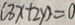
( 3 x + 2 y ) = 0